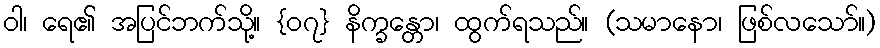
ဝါ၊ ရေ၏ အပြင်ဘက်သို့။ {၀၇} နိက္ခန္တော၊ ထွက်ရသည်။ (သမာနော၊ ဖြစ်လသော်။)